Scottish Certificate of Education, 1963
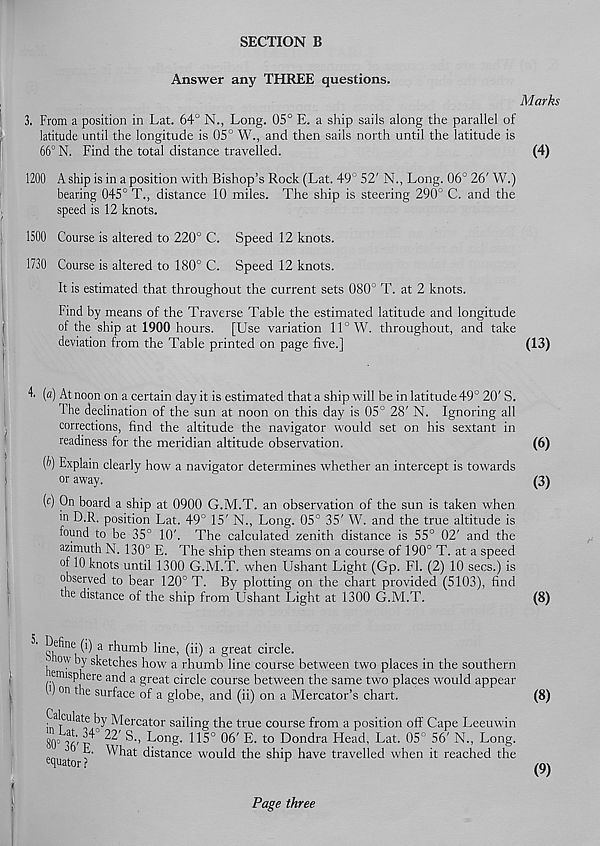
SECTION B
Answer any THREE questions.
Marks
3. From a position in Lat. 64° N., Long. 05° E. a ship sails along the parallel of
latitude until the longitude is 05° W., and then sails north until the latitude is
66° N. Find the total distance travelled.
(4)
1200 A ship is in a position with Bishop’s Rock (Lat. 49° 52' N., Long. 06° 26' W.)
bearing 045° T., distance 10 miles. The ship is steering 290° C. and the
,
speed is 12 knots.
1500 Course is altered to 220° C. Speed 12 knots.
1730 Course is altered to 180° C. Speed 12 knots.
It is estimated that throughout the current sets 080° T. at 2 knots.
Find by means of the Traverse Table the estimated latitude and longitude
of the ship at 1900 hours. [Use variation 11° W. throughout, and take
deviation from the Table printed on page five.]
(13)
4 (a) At noon on a certain day it is estimated that a ship will be in latitude 49° 20' S.
The declination of the sun at noon on this day is 05° 28' N. Ignoring all
corrections, find the altitude the navigator would set on his sextant in
readiness for the meridian altitude observation.
(6)
(1)) Explain clearly how a navigator determines whether an intercept is towards
or away.
(3)
(c) On board a ship at 0900 G.M.T. an observation of the sun is taken when
in D.R. position Lat. 49° 15' N., Long. 05° 35' W. and the true altitude is
found to be 35° 10'. The calculated zenith distance is 55° 02' and the
azimuth N. 130° E. The ship then steams on a course of 190° T. at a speed
of 10 knots until 1300 G.M.T. when Ushant Light (Gp. FI. (2) 10 secs.) is
observed to bear 120° T. By plotting on the chart provided (5103), find
the distance of the ship from Ushant Light at 1300 G.M.T.
(8)
g® ne W a rhumb line, (ii) a great circle.
■ ow by sketches how a rhumb line course between two places in the southern
misphere and a great circle course between the same two places would appear
l 1 ) on the surface of a globe, and (ii) on a Mercator’s chart.
Calculate by Mercator sailing the true course from a position off Cape Leeuwin
80° 36' p 22 ' S ‘’ Lon S- 115° 06 ' E - t0 Dondra He ad, Lat. 05° 56' N., Long.
0 E. What distance would the ship have travelled when it reached the
equator ?
r
K
(8)
(9)
Page three